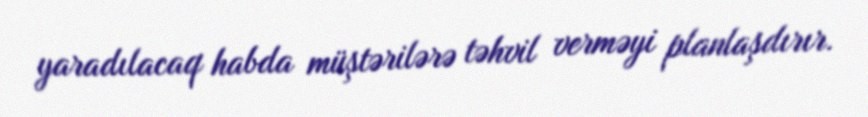
yaradılacaq habda müştərilərə təhvil verməyi planlaşdırır.